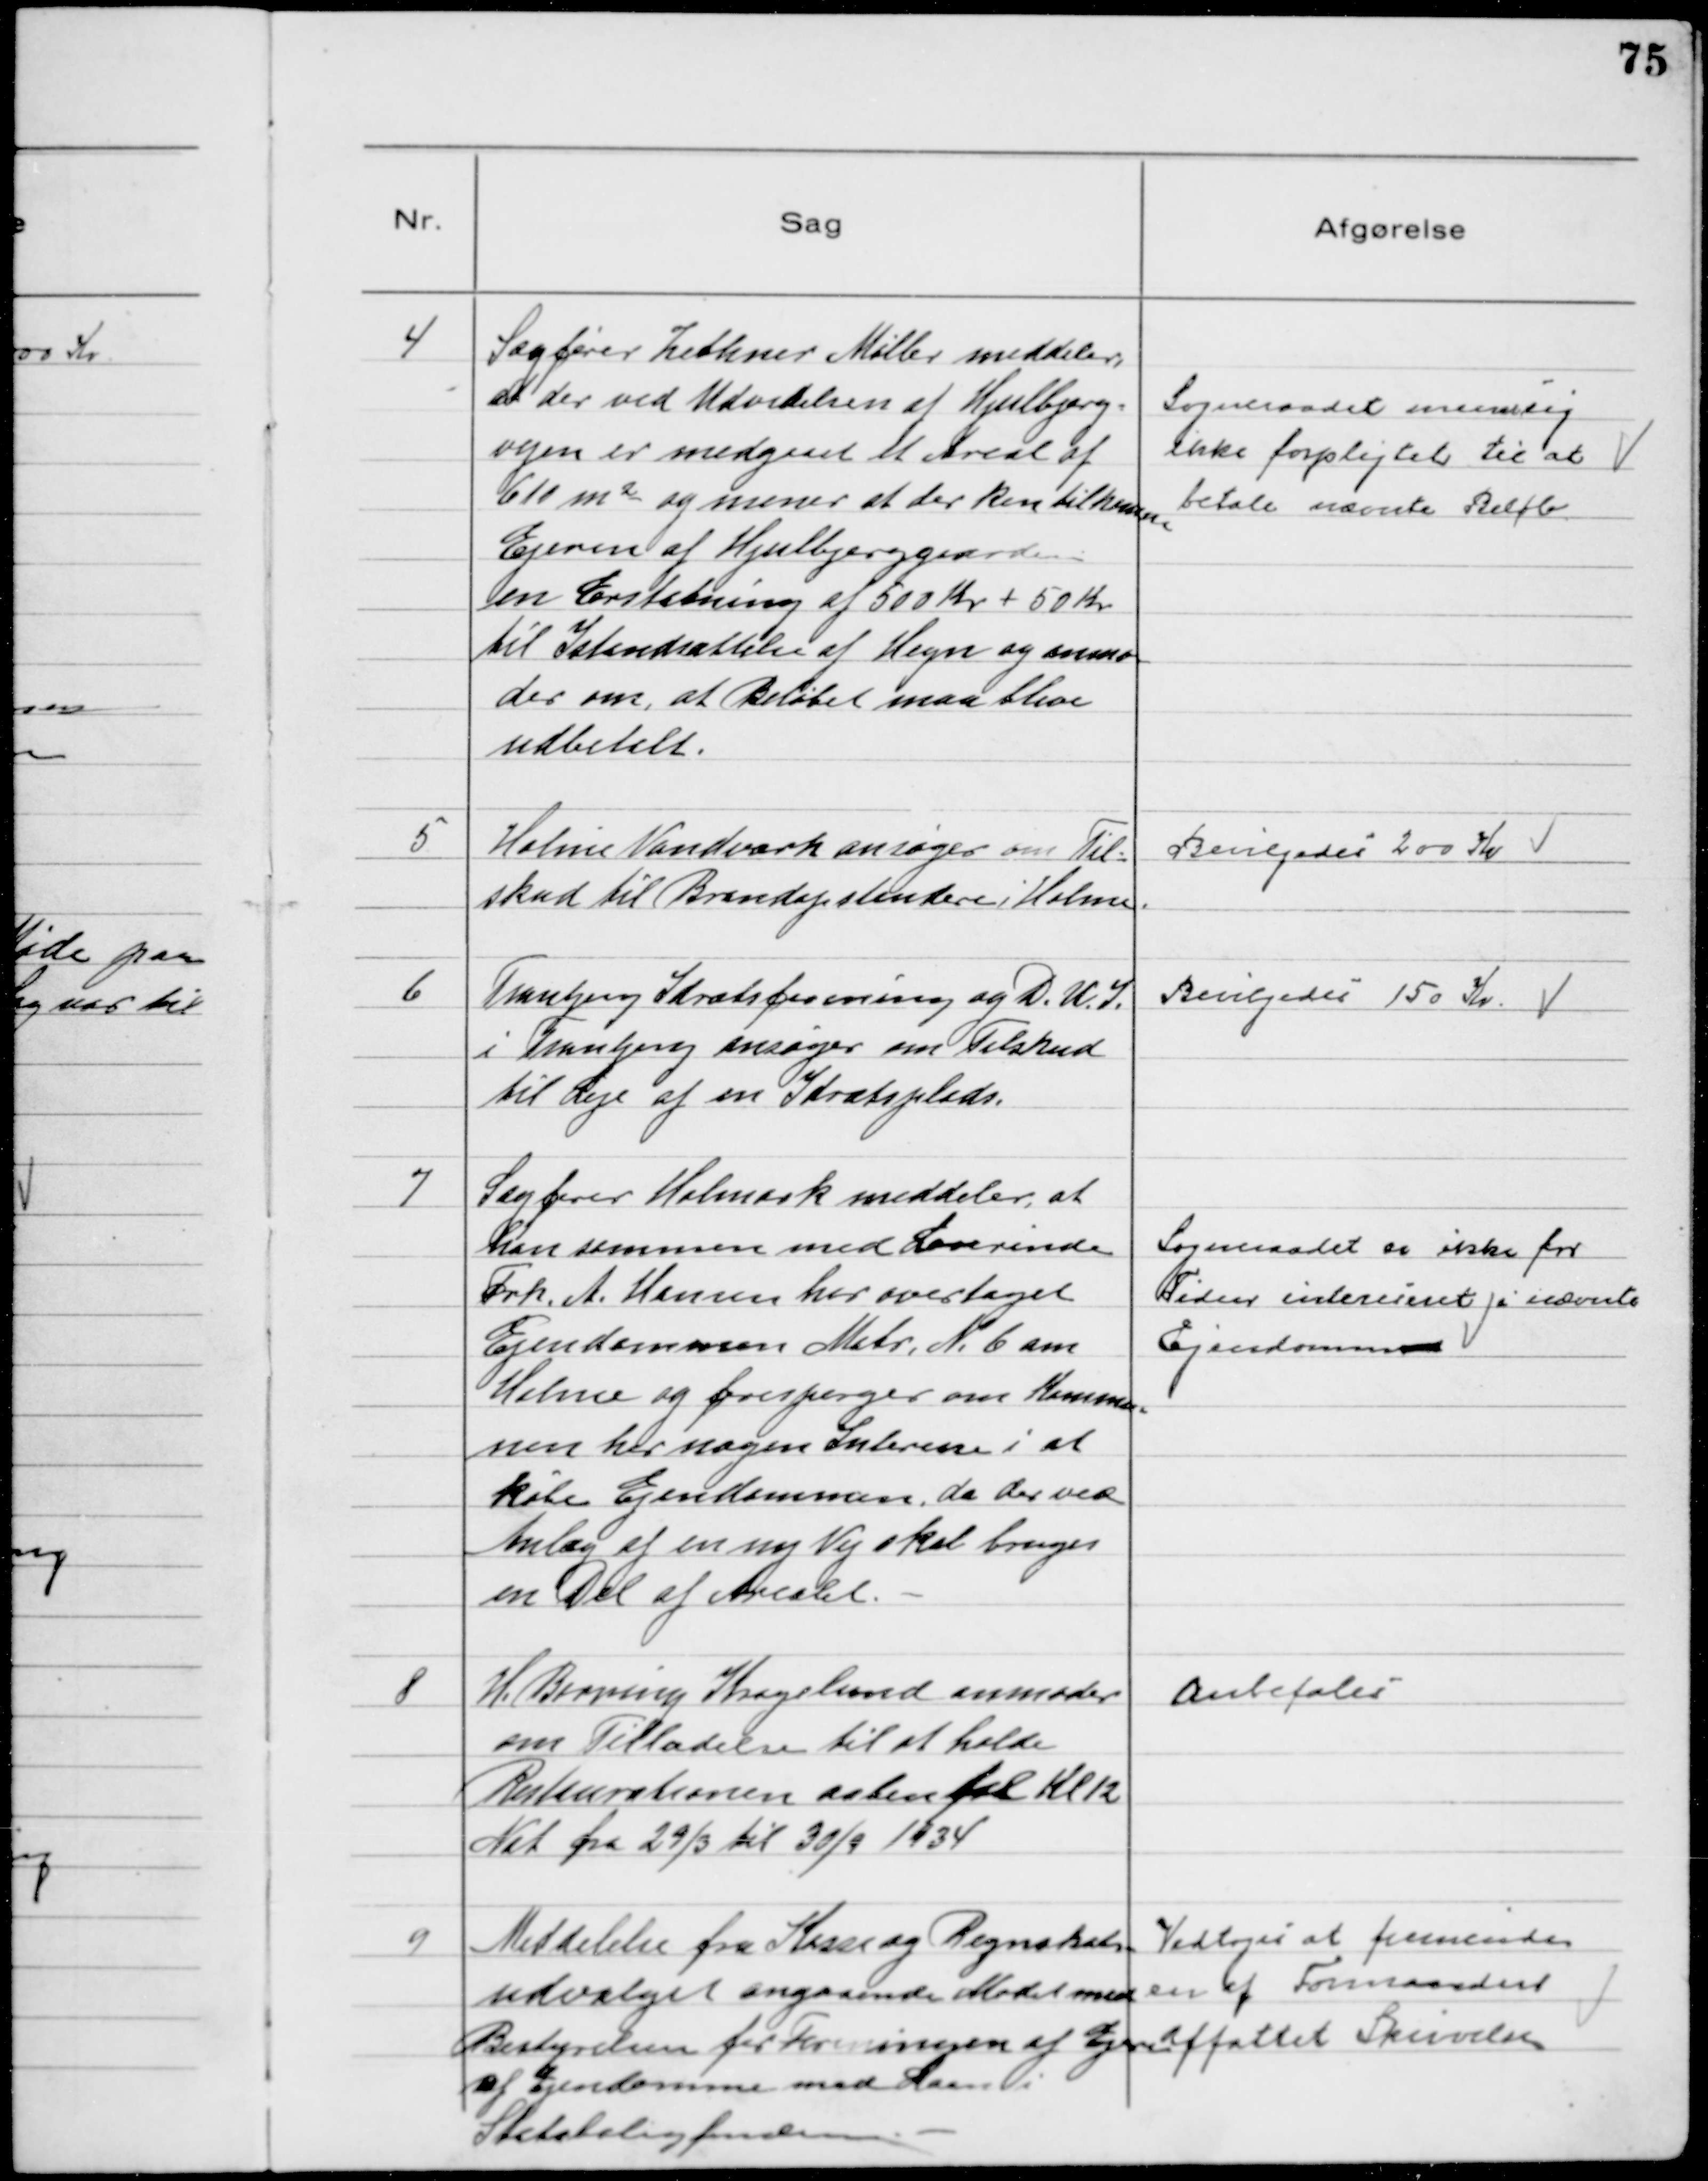
Transskription:
4
Sagfører Zethner Møller meddeler
at der ved Udvidelsen af Hjulbjerg-
vejen er medgaaet et Areal af
610 ㎡ og mener at der kan tilkomme
Ejeren af Hjulbjerggaarden
en Erstatning af 500 Kr + 50 Kr
til Istandsættelse af Hegn og anmo
der om, at Beløbet maa blive
udbetalt.

Sogneraadet mener sig
ikke forpligtet til at
betale nævnte Beløb

5
Holme Vandværk ansøger om Til-
skud til Brandopstandere i Holme.

Bevilgedes 200 Kr

6
Tranbjerg Idrætsforening og D. U. I.
i Tranbjerg ansøger om Tilskud
til Leje af en Idrætsplads.

Bevilgedes 150 Kr.

7
Sagfører Holmark meddeler, at
han sammen med Lærerinde
Frk. A. Hansen har overtaget
Ejendommen Matr № 6 am
Holme og forespørger om Kommu-
nen har nogen Interesse i at
købe Ejendommen, da der ved
Anlæg af en ny Vej skal bruges
en Del af Arealet. -

Sogneraadet er ikke for
Tiden interesseret i nævnte
Ejendommen

8
H. Berring Kragelund anmoder
om Tilladelse til at holde
Restaurationen aaben til Kl 12
Nat fra 29/3 til 30/9 1934

Anbefales

9
Meddelelse fra Kasse og Regnskabs
udvalget angaaende Mødet med
Bestyrelsen for Foreningen af Ejere
af Ejendomme med Laan i
Statsboligfonden. -

Vedtoges at fremsende
en af Formanden
affattet Skrivelse